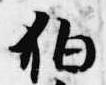
狛